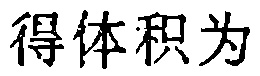
得体积为